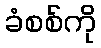
ခံစစ်ကို